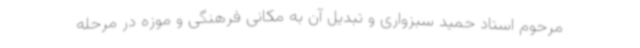
مرحوم استاد حمید سبزواری و تبدیل آن به مکانی فرهنگی و موزه در مرحله